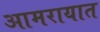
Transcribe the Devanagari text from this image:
आमरायात